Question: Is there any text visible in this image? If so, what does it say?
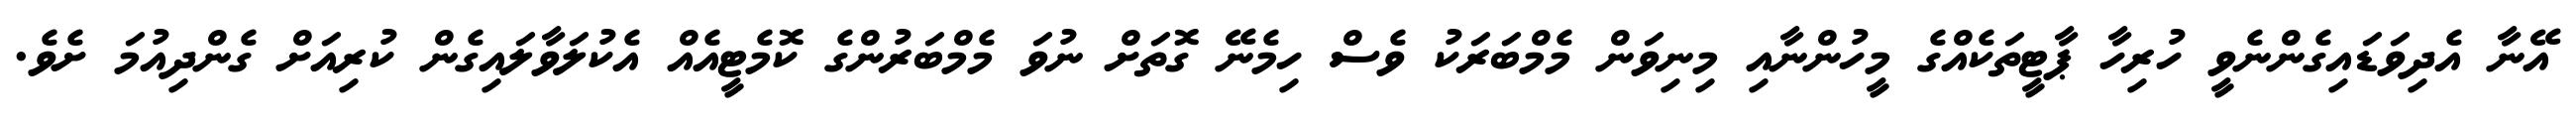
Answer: އޭނާ އެދިވަޑައިގެންނެވީ ހުރިހާ ޕާޓީތަކެއްގެ މީހުންނާއި މިނިވަން މެމްބަރަކު ވެސް ހިމެނޭ ގޮތަށް ނުވަ މެމްބަރުންގެ ކޮމެޓީއެއް އެކުލަވާލައިގެން ކުރިއަށް ގެންދިއުމަ ށެވެ.